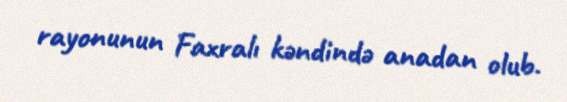
rayonunun Faxralı kəndində anadan olub.